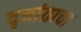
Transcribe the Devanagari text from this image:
वृत्तांताचा